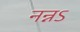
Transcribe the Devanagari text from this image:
नन्नऽ